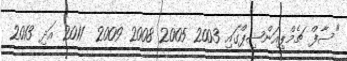
"ސާފް ޗެމްޕިއަންޝިޕްގައި 2003 2005 2008 2009  2011 އަދި 2013